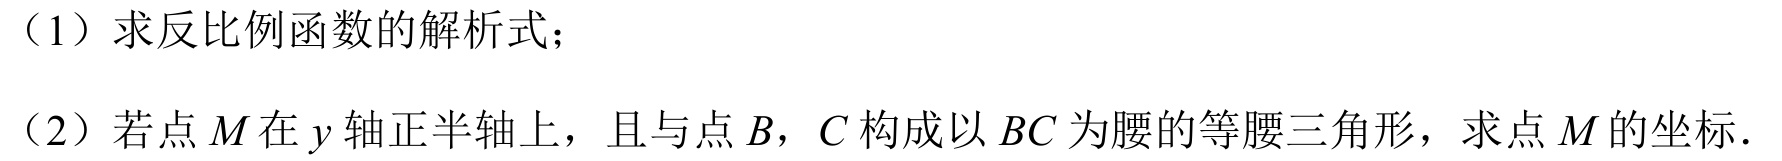
（1）求反比例函数的解析式；
（2）若点\(M\)在\(y\)轴正半轴上，且与点\(B\)，\(C\)构成以\(BC\)为腰的等腰三角形，求点\(M\)的坐标．